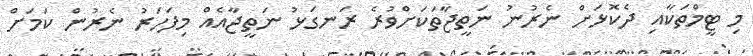
މި ޓީމްތަކާއި ދެކޮޅަށް ނެރުނު ނަތީޖާތަކަށްވުރެ ރަނގަޅު ނަތީޖާއެއް މިފަހަރު ނެރުން ކަމަށް